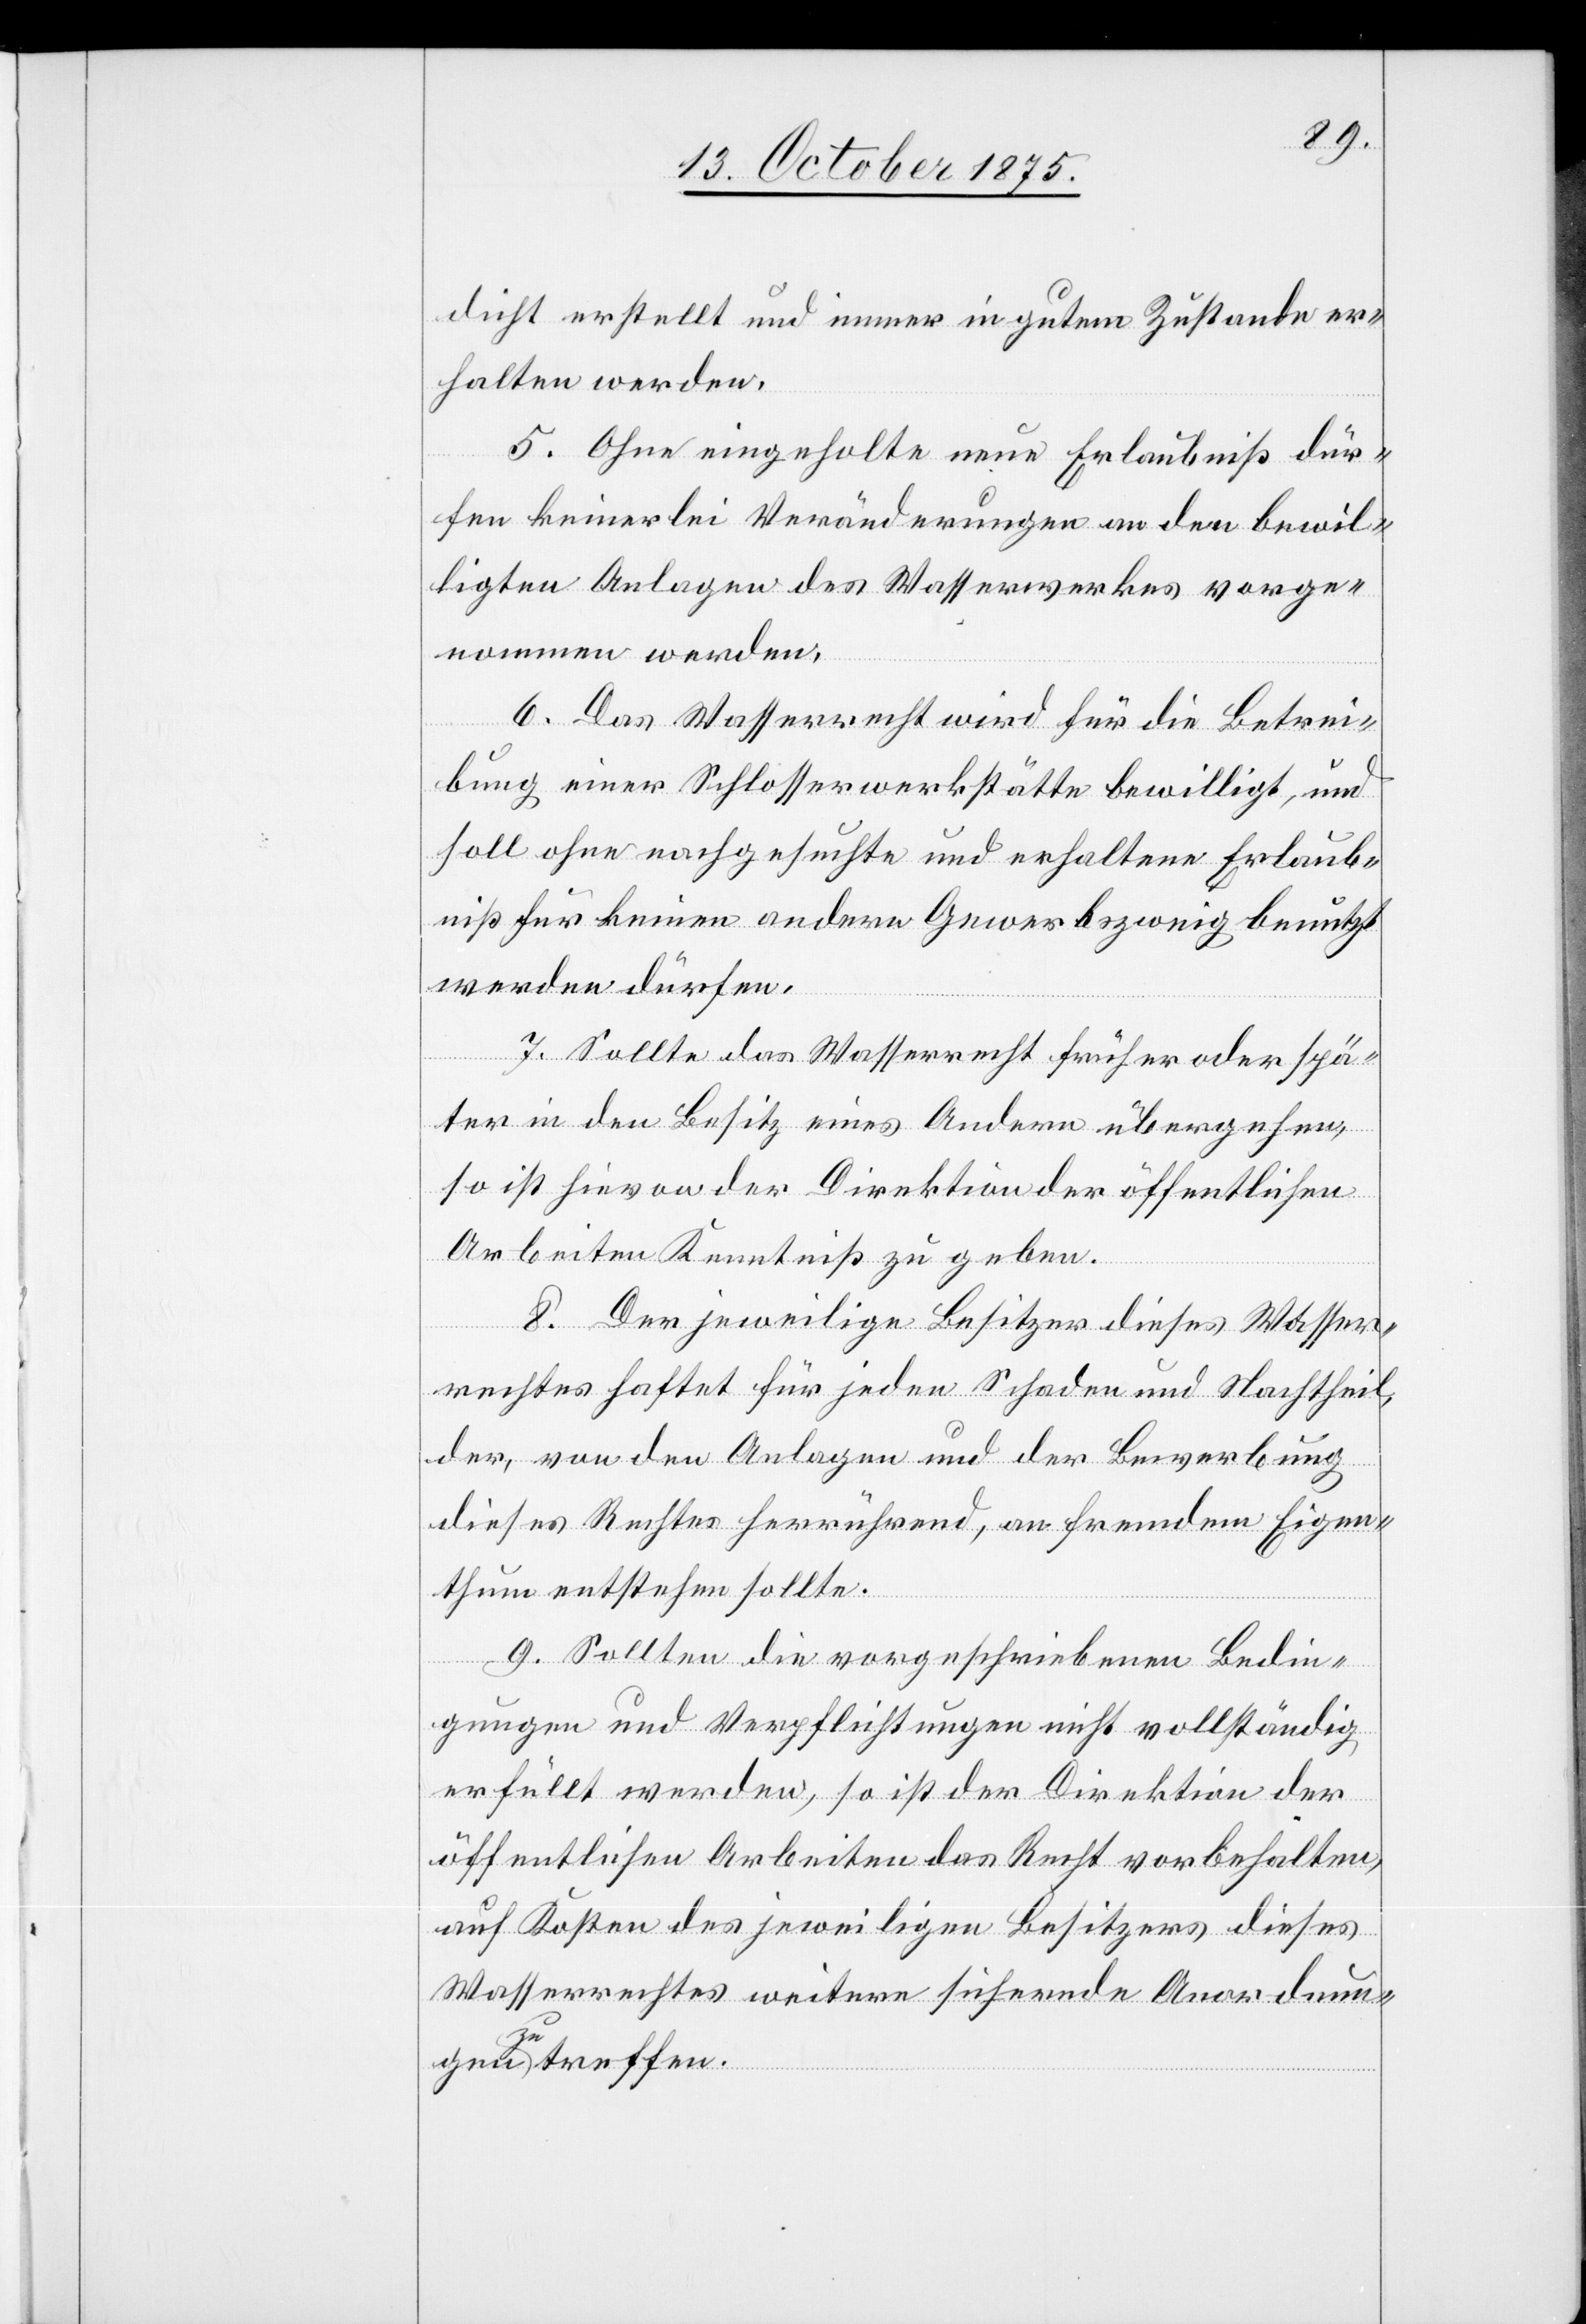
dicht erstellt und immer in gutem Zustande er¬
halten werden.
5. Ohne eingeholte neue Erlaubniß dür¬
fen keinerlei Veränderungen an den bewil¬
ligten Anlagen des Wasserwerkes vorge¬
nommen werden.
6. Das Wasserrecht wird für die Betrei¬
bung einer Schlosserwerkstätte bewilligt, und
soll ohne nachgesuchte und erhaltene Erlaub¬
niß für keinen andern Gewerbszweig benutzt
werden dürfen.
7. Sollte das Wasserrecht früher oder spä¬
ter in den Besitz eines Andern übergehen,
so ist hievon der Direktion der öffentlichen
Arbeiten Kenntniß zu geben.
8. Der jeweilige Besitzer dieses Wasser¬
rechtes haftet für jeden Schaden und Nachtheil,
der, von den Anlagen und der Bewerbung
dieses Rechtes herrührend, an fremdem Eigen¬
thum entstehen sollte.
9. Sollten die vorgeschriebenen Bedin¬
gungen und Verpflichtungen nicht vollständig
erfüllt werden, so ist der Direktion der
öffentlichen Arbeiten das Recht vorbehalten,
auf Kosten des jeweiligen Besitzers dieses
Wasserrechtes weitere sichernde Anordnun¬
gen zu treffen.